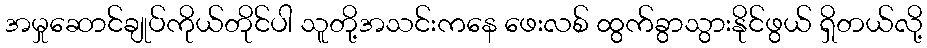
အမှုဆောင်ချုပ်ကိုယ်တိုင်ပါ သူတို့အသင်းကနေ ဖေးလစ် ထွက်ခွာသွားနိုင်ဖွယ် ရှိတယ်လို့